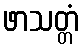
ဖာသတ္တံ